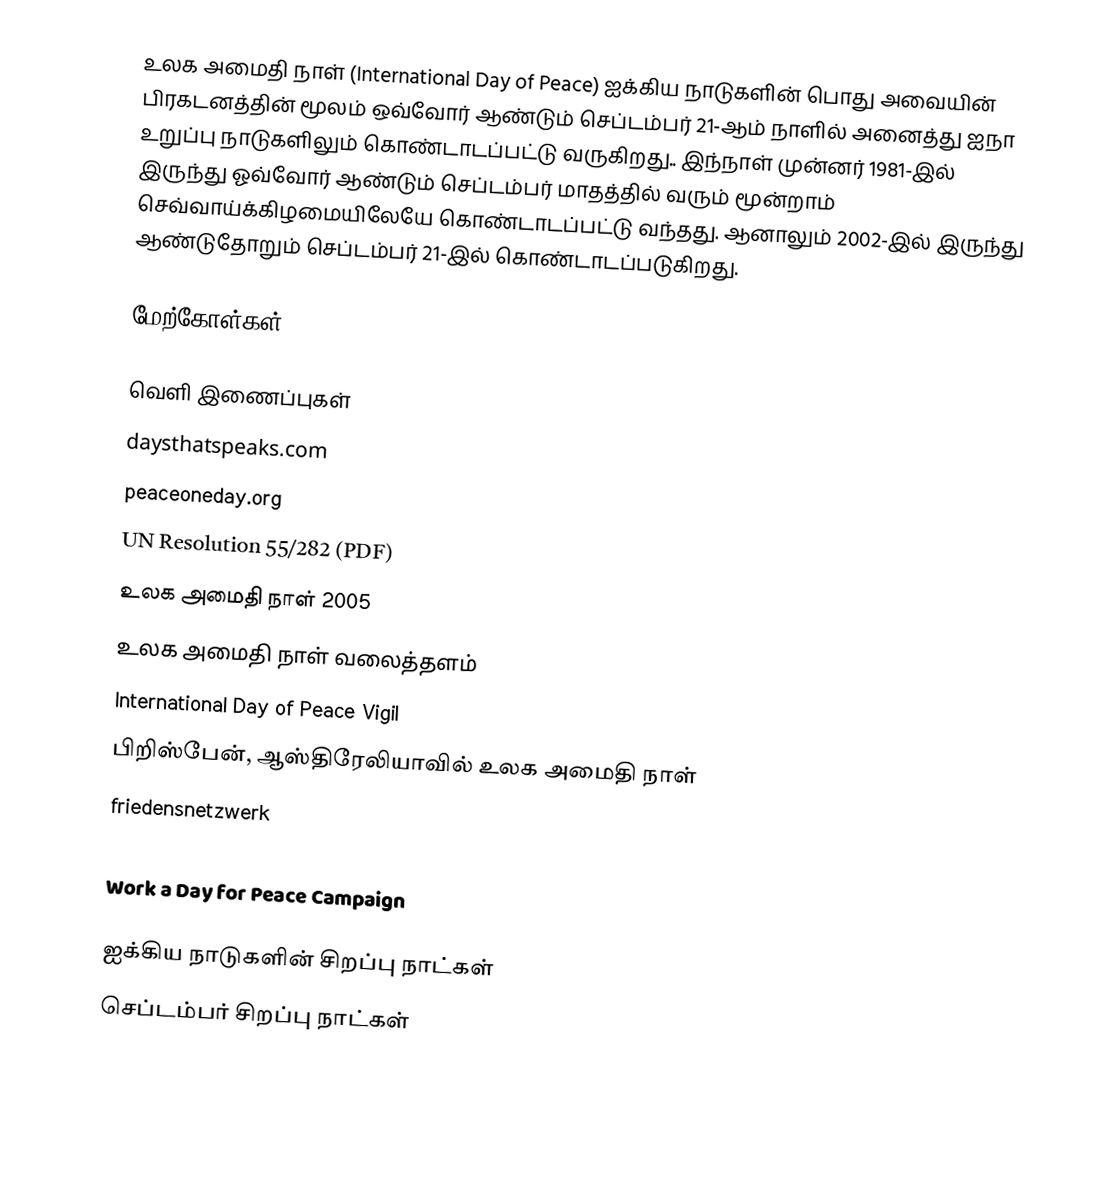
உலக அமைதி நாள் (International Day of Peace) ஐக்கிய நாடுகளின் பொது அவையின் பிரகடனத்தின் மூலம் ஒவ்வோர் ஆண்டும் செப்டம்பர் 21-ஆம் நாளில் அனைத்து ஐநா உறுப்பு நாடுகளிலும் கொண்டாடப்பட்டு வருகிறது.. இந்நாள் முன்னர் 1981-இல் இருந்து ஓவ்வோர் ஆண்டும் செப்டம்பர் மாதத்தில் வரும் மூன்றாம் செவ்வாய்க்கிழமையிலேயே கொண்டாடப்பட்டு வந்தது. ஆனாலும் 2002-இல் இருந்து ஆண்டுதோறும் செப்டம்பர் 21-இல் கொண்டாடப்படுகிறது.

மேற்கோள்கள்

வெளி இணைப்புகள்
 daysthatspeaks.com
 peaceoneday.org
 UN Resolution 55/282 (PDF)
 உலக அமைதி நாள் 2005
 உலக அமைதி நாள் வலைத்தளம்
 International Day of Peace Vigil
 பிறிஸ்பேன், ஆஸ்திரேலியாவில் உலக அமைதி நாள்
friedensnetzwerk
 Blogs for peace - September, 11th-21st
 Work a Day for Peace Campaign

ஐக்கிய நாடுகளின் சிறப்பு நாட்கள்
செப்டம்பர் சிறப்பு நாட்கள்